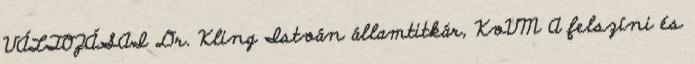
VÁLTOZÁSAI Dr. Kling István államtitkár, KvVM A felszíni és